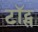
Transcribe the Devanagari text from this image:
टॉट्स